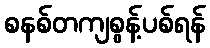
စနစ်တကျစွန့်ပစ်ရန်